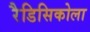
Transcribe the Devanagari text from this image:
रैडिसिकोला